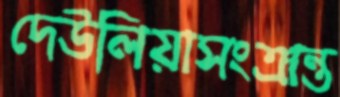
দেউলিয়াসংক্রান্ত